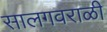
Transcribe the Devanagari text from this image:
सालगवराळी